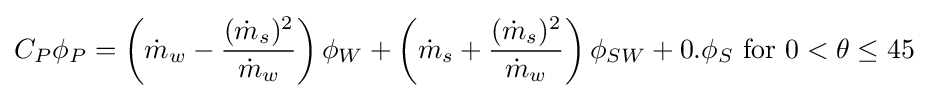
C_{P}\phi _{P}=\left({\dot {m}}_{w}-{\frac {({\dot {m}}_{s})^{2}}{{\dot {m}}_{w}}}\right)\phi _{W}+\left({\dot {m}}_{s}+{\frac {({\dot {m}}_{s})^{2}}{{\dot {m}}_{w}}}\right)\phi _{SW}+0.\phi _{S}{\text{ for }}0<\theta \leq 45